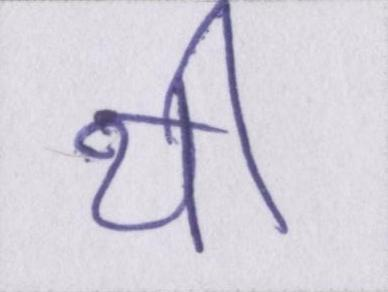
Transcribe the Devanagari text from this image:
थी